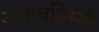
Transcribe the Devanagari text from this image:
अनाबप्तिस्ती